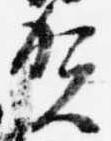
賀